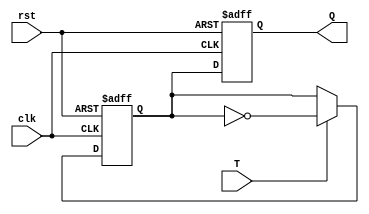
module flip_flop(
  input wire T,
  input wire clk,
  input wire rst,
  output reg Q
);

reg master_Q, slave_Q;

always @(posedge clk or posedge rst) begin
  if (rst) begin
    master_Q <= 1'b0;
    slave_Q <= 1'b0;
  end else begin
    if (T) begin
      master_Q <= ~master_Q;
    end
    slave_Q <= master_Q;
  end
end

assign Q = slave_Q;

endmodule